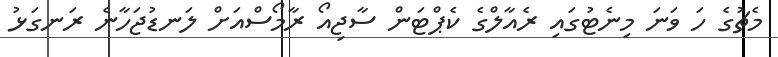
މެޗުގެ ހަ ވަނަ މިނެޓުގައި ރެއާލްގެ ކެޕްޓަން ސާޖިއޯ ރާމޯސްއަށް ލަނޑުޖަހާނެ ރަނގަޅު